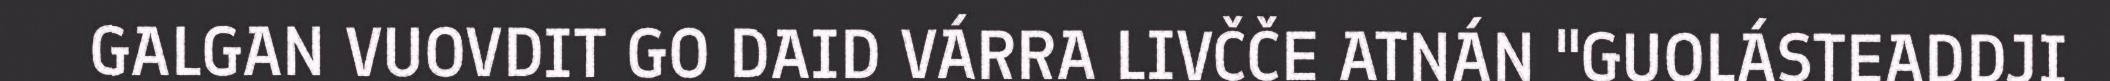
GALGAN VUOVDIT GO DAID VÁRRA LIVČČE ATNÁN "GUOLÁSTEADDJI